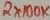
Text: 2X100K